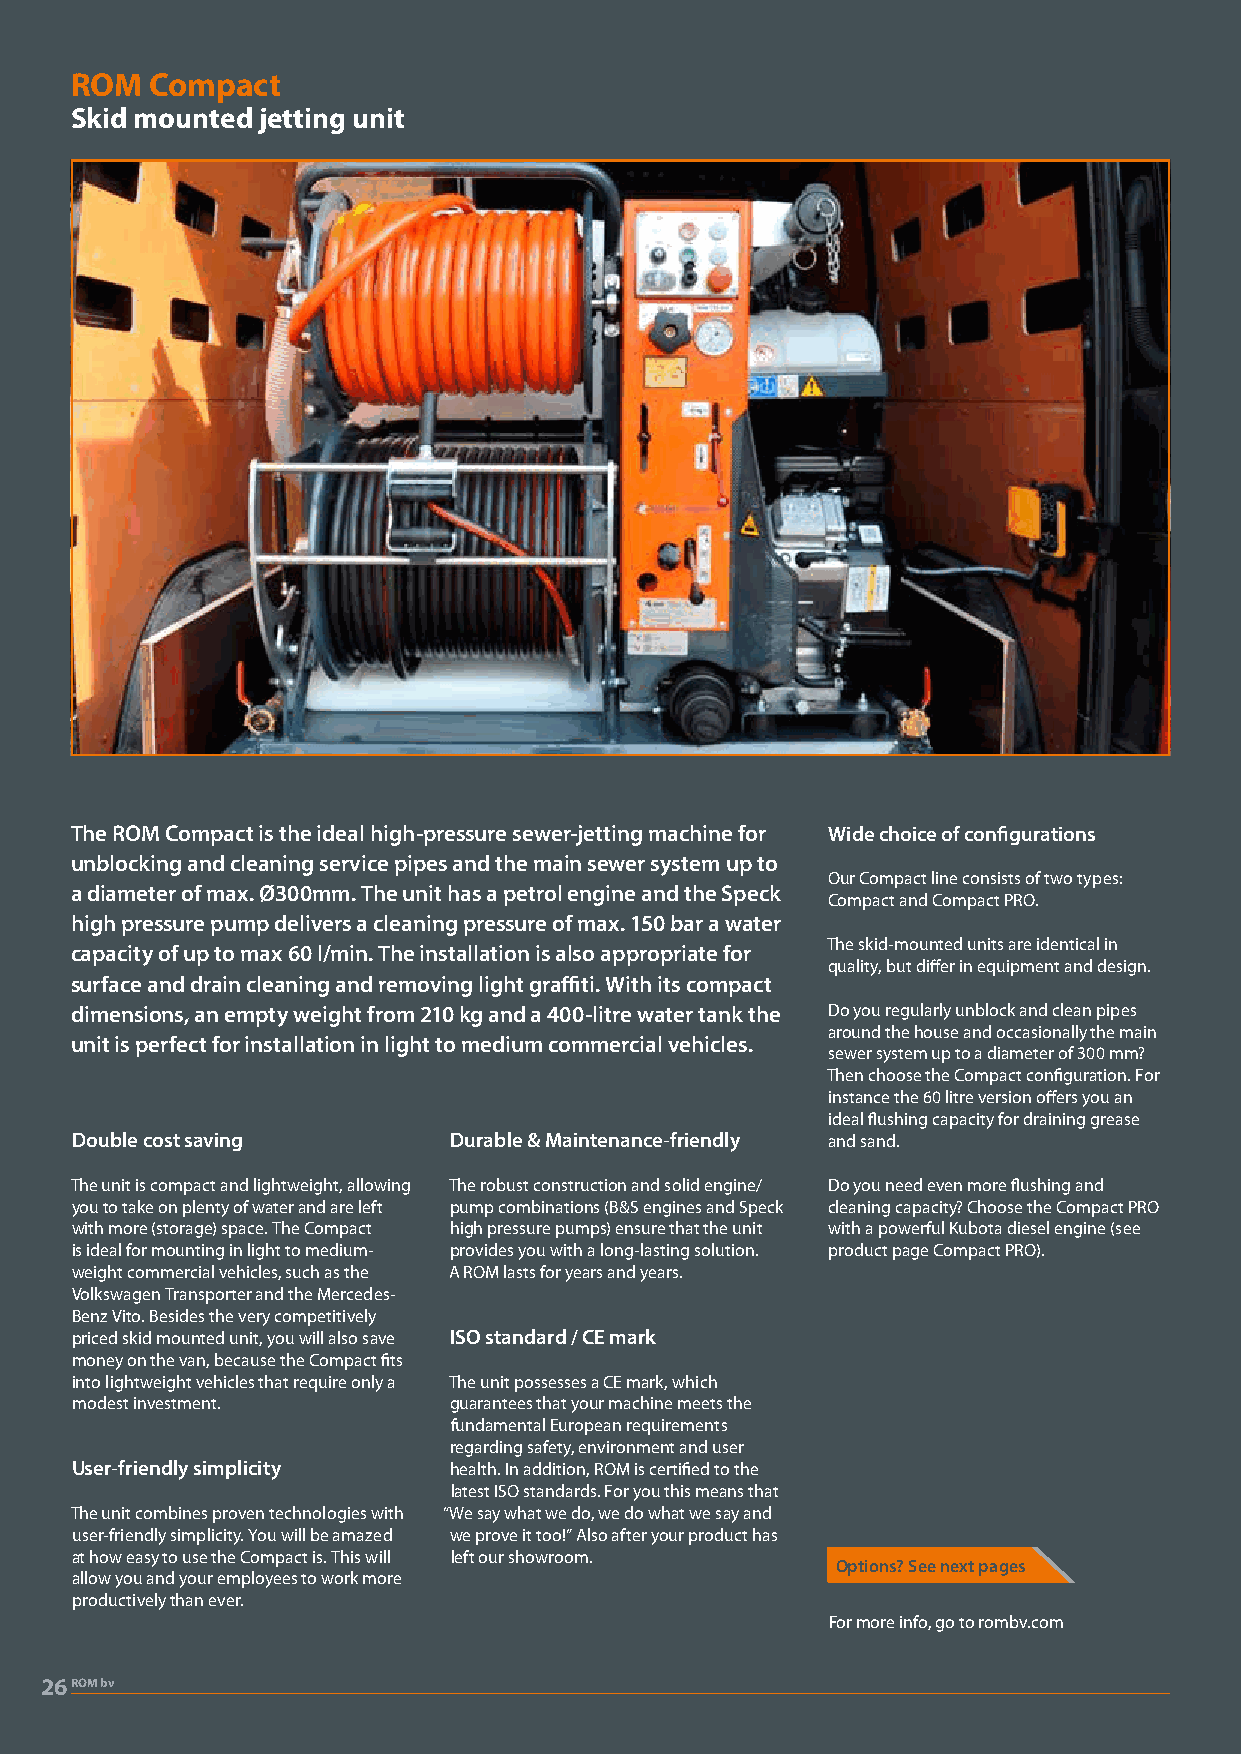
ROM  Compact
 Skid mounted jetting unit
 The ROM Compact is the ideal high-pressure sewer-jetting machine for Wide choice of configurations
 unblocking and cleaning service pipes and the main sewer system up to
 Our Compact line consists of two types:
 a diameter of max. Ø300mm. The unit has a petrol engine and the Speck
 Compact and Compact PRO.
 high pressure pump delivers a cleaning pressure of max. 150 bar a water
 The skid-mounted units are identical in
 capacity of up to max 60 l/min. The installation is also appropriate for
 quality, but differ in equipment and design.
 surface and drain cleaning and removing light graffiti. With its compact
 dimensions, an empty weight from 210 kg and a 400-litre water tank the Do you regularly unblock and clean pipes
 around the house and occasionally the main
 unit is perfect for installation in light to medium commercial vehicles.
 sewer system up to a diameter of 300 mm?
 Then choose the Compact configuration. For
 instance the 60 litre version offers you an
 ideal flushing capacity for draining grease
 Double cost saving       Durable & Maintenance-friendly and sand.
 The unit is compact and lightweight, allowing The robust construction and solid engine/ Do you need even more flushing and
 you to take on plenty of water and are left pump combinations (B&S engines and Speck cleaning capacity? Choose the Compact PRO
 with more (storage) space. The Compact high pressure pumps) ensure that the unit with a powerful Kubota diesel engine (see
 is ideal for mounting in light to medium- provides you with a long-lasting solution. product page Compact PRO).
 weight commercial vehicles, such as the A ROM lasts for years and years.
 Volkswagen Transporter and the Mercedes-
 Benz Vito. Besides the very competitively
 priced skid mounted unit, you will also save ISO standard / CE mark
 money on the van, because the Compact fits
 into lightweight vehicles that require only a The unit possesses a CE mark, which
 modest investment.       guarantees that your machine meets the
 fundamental European requirements
 regarding safety, environment and user
 User-friendly simplicity health. In addition, ROM is certified to the
 latest ISO standards. For you this means that
 The unit combines proven technologies with “We say what we do, we do what we say and
 user-friendly simplicity. You will be amazed we prove it too!” Also after your product has
 at how easy to use the Compact is. This will left our showroom.
 Options? See next pages
 allow you and your employees to work more
 productively than ever.
 For more info, go to rombv.com
 26ROM bv